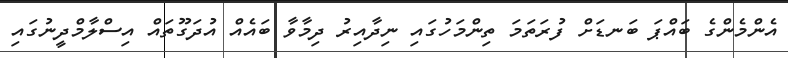
އެންމެންގެ ބައްޕަ ބަނޑަށް ފުރަތަމަ ތިންމަހުގައި ނިދާއިރު ދިމާވާ ބައެއް އުދަގޫތައް އިސްލާމްދީނުގައި